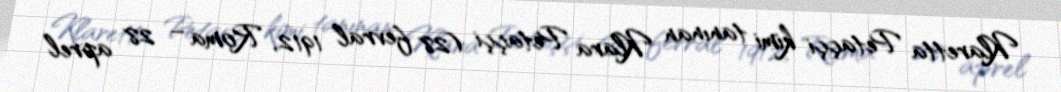
Klaretta Petaççi kimi tanınan Klara Petaççi (28 fevral 1912, Roma – 28 aprel